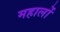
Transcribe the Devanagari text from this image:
महालों